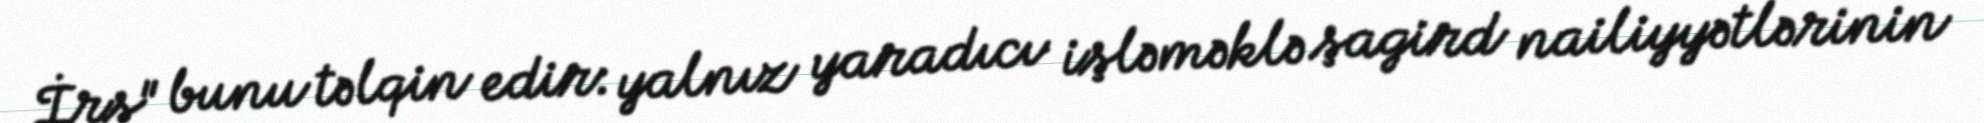
İrs" bunu təlqin edir: yalnız yaradıcı işləməklə şagird nailiyyətlərinin